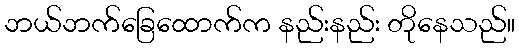
ဘယ်ဘက်ခြေထောက်က နည်းနည်း တိုနေသည်။